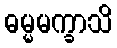
ဓမ္မမက္ခာသိ